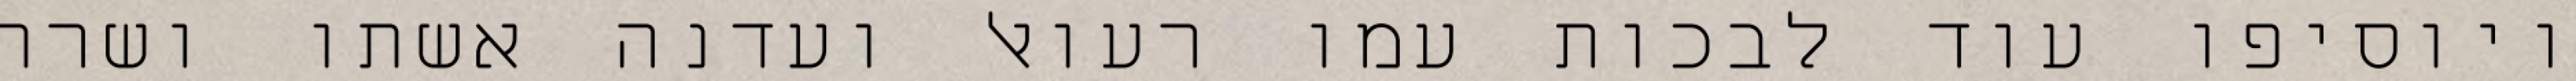
ויוסיפו עוד לבכות עמו רעואל ועדנה אשתו ושרה